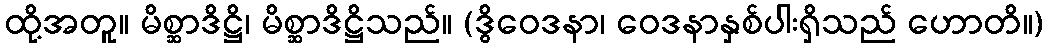
ထို့အတူ။ မိစ္ဆာဒိဋ္ဌိ၊ မိစ္ဆာဒိဋ္ဌိသည်။ (ဒွိဝေဒနာ၊ ဝေဒနာနှစ်ပါးရှိသည် ဟောတိ။)